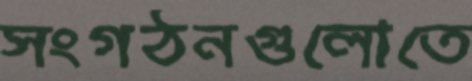
সংগঠনগুলোতে